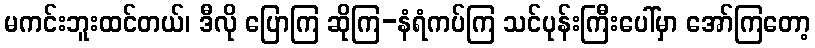
မကင်းဘူးထင်တယ်၊ ဒီလို ပြောကြ ဆိုကြ-နံရံကပ်ကြ သင်ပုန်းကြီးပေါ်မှာ အော်ကြတော့